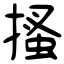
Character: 搔